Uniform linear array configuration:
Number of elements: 32
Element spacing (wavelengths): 0.5
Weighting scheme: blackman
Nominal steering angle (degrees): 30
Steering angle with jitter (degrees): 29.251
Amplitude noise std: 0.05
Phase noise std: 0.05

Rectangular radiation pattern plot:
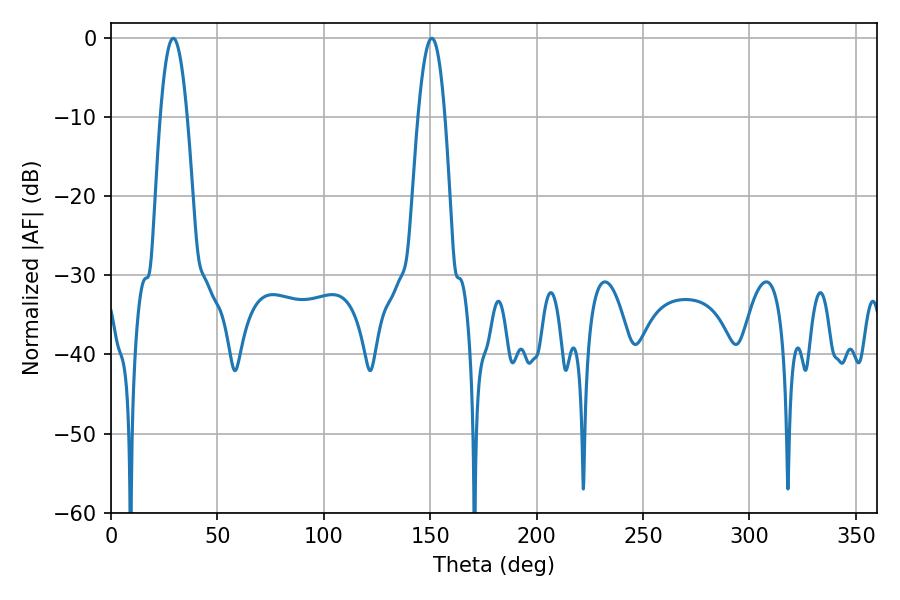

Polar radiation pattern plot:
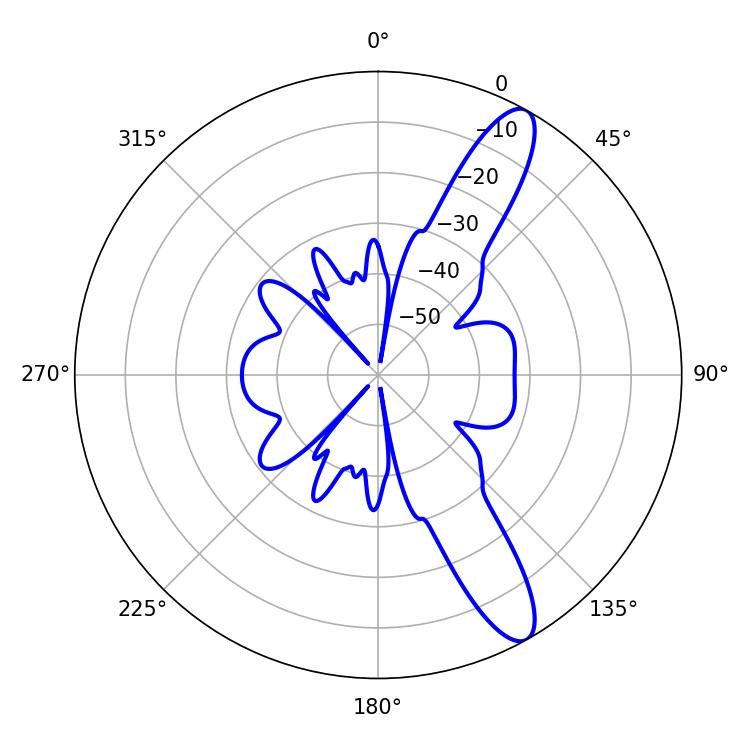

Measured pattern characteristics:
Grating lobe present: FALSE
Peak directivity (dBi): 11.926
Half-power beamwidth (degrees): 6.84
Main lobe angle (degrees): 29.34